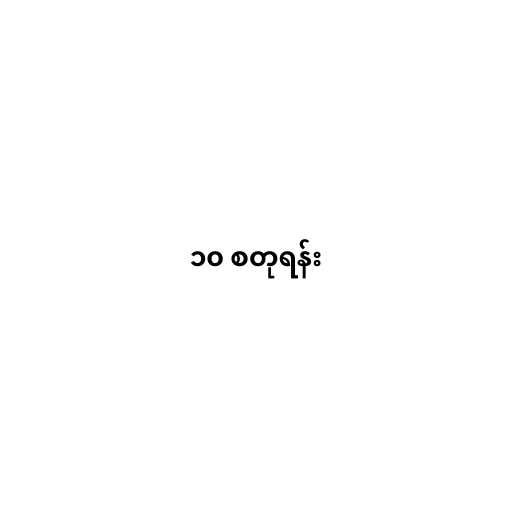
၁၀ စတုရန်း